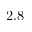
2 . 8